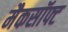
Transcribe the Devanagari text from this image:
मैकसॉफ्ट